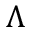
\Lambda